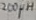
Text: 200 H